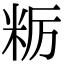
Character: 粝